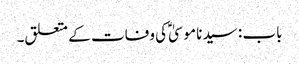
باب : سیدنا موسیٰؑ کی وفات کے متعلق۔